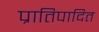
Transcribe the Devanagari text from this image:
प्रातिपादित